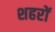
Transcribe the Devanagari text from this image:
शहरों